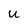
Character: U